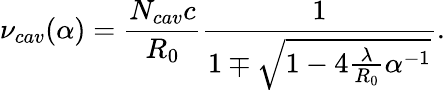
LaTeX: \nu_{cav}(\alpha)=\frac{N_{cav}c}{R_{0}}\frac{1}{1\mp\sqrt{1-4\frac{\lambda}{R_{0}}\alpha^{-1}}}.